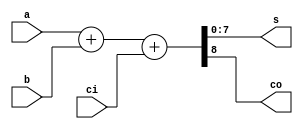
//==============================================================================
// 8-bit Procedural Adder Module
//==============================================================================

module Adder8Procedural(
	input      [7:0] a,  // Operand A
	input      [7:0] b,  // Operand B
	input            ci, // Carry-In
	output reg [7:0] s,  // Sum
	output reg       co  // Carry-Out
);

	// Declare any internal regs you want to use here.
	// For this module, do not use wires.
	reg [8:0] sum;
	// Write your code here. Use the always @( * ) block
	// to create combinational logic. Also,
	// use the addition (+) operator to make your code shorter.

	always @( * ) begin
		// Combinational Logic Here
		sum = a + b + ci;
		s = sum[7:0];
		co = sum[8];
	end

endmodule